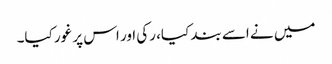
میں نے اسے بند کیا، رکی اور اس پر غور کیا۔